Indian journal of veterinary science and animal husbandry - Volumes 15-17, 1948-1951
Year: 1948
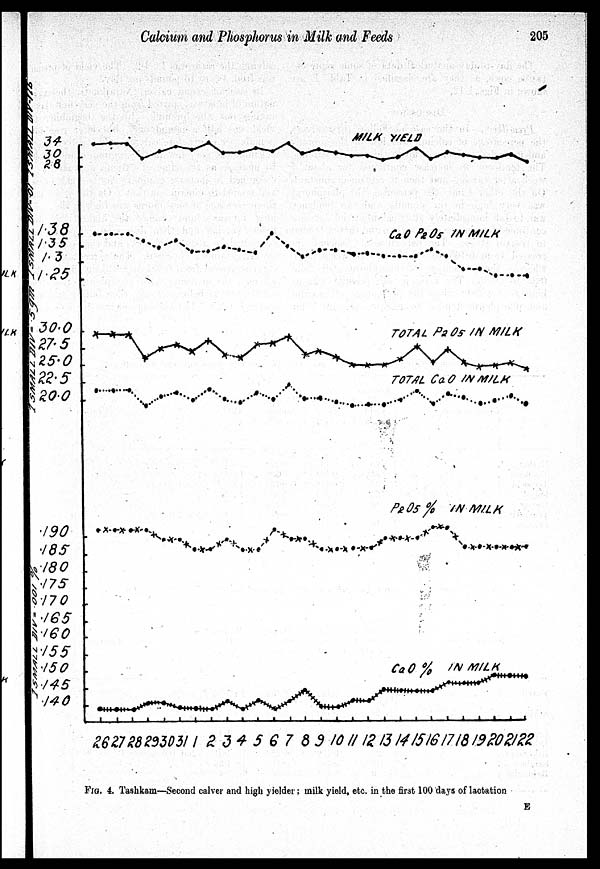
Calcium and Phosphorus in Milk and Feeds
205
FIG. 4. Tashkam—Second calver and high yielder ; milk yield, etc. in the first 100 days of lactation
E